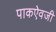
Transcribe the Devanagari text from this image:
पाकऐवजी